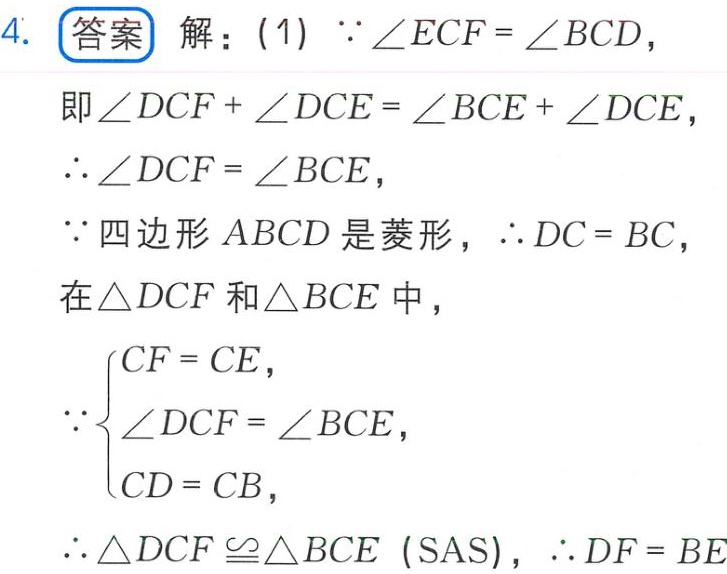
4. 答案 解：(1) \(\because\angle ECF = \angle BCD\)，
即\(\angle DCF+\angle DCE=\angle BCE+\angle DCE\)，
\(\therefore\angle DCF = \angle BCE\)，
\(\because\)四边形\(ABCD\)是菱形，\(\therefore DC = BC\)，
在\(\triangle DCF\)和\(\triangle BCE\)中，
\(\because\begin{cases}CF = CE,\\\angle DCF=\angle BCE,\\CD = CB,\end{cases}\)
\(\therefore\triangle DCF\cong\triangle BCE\) (SAS)，\(\therefore DF = BE\)